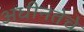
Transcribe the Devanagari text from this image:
अधीनतेचे